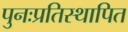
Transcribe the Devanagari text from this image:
पुनःप्रतिस्थापित